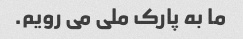
ما به پارک ملی می رویم.